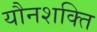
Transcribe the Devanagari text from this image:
यौनशक्ति